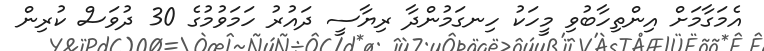
އެމަގާމަށް އިންތިހާބުވި މީހަކު ހިނގަމުންދާ ރިޔާސީ ދައުރު ހަމަވުމުގެ 30 ދުވަސް ކުރިން